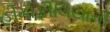
હીમોફીલિયાની